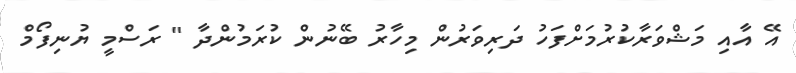
އޭ އާއި މަޝްވަރާކުރުމަށްފަހު ދަރިވަރުން މިހާރު ބޭނުން ކުރަމުންދާ " ރަސްމީ ޔުނިފޯމް